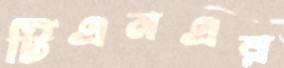
টিএনএর